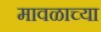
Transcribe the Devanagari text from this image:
मावळाच्या